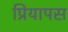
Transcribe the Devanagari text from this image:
प्रियापस